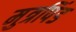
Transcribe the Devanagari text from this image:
मुत्रपिंड